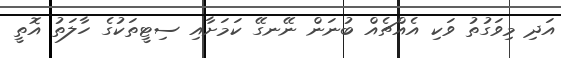
އަދި މިވަގުތު ވަކި އެއްޗެއް ބުނަން ނޭނގޭ ކަމަށާއި ސިޓީތަކުގެ ހާލަތު އޮތީ